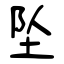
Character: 坠